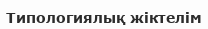
Типологиялық жіктелім